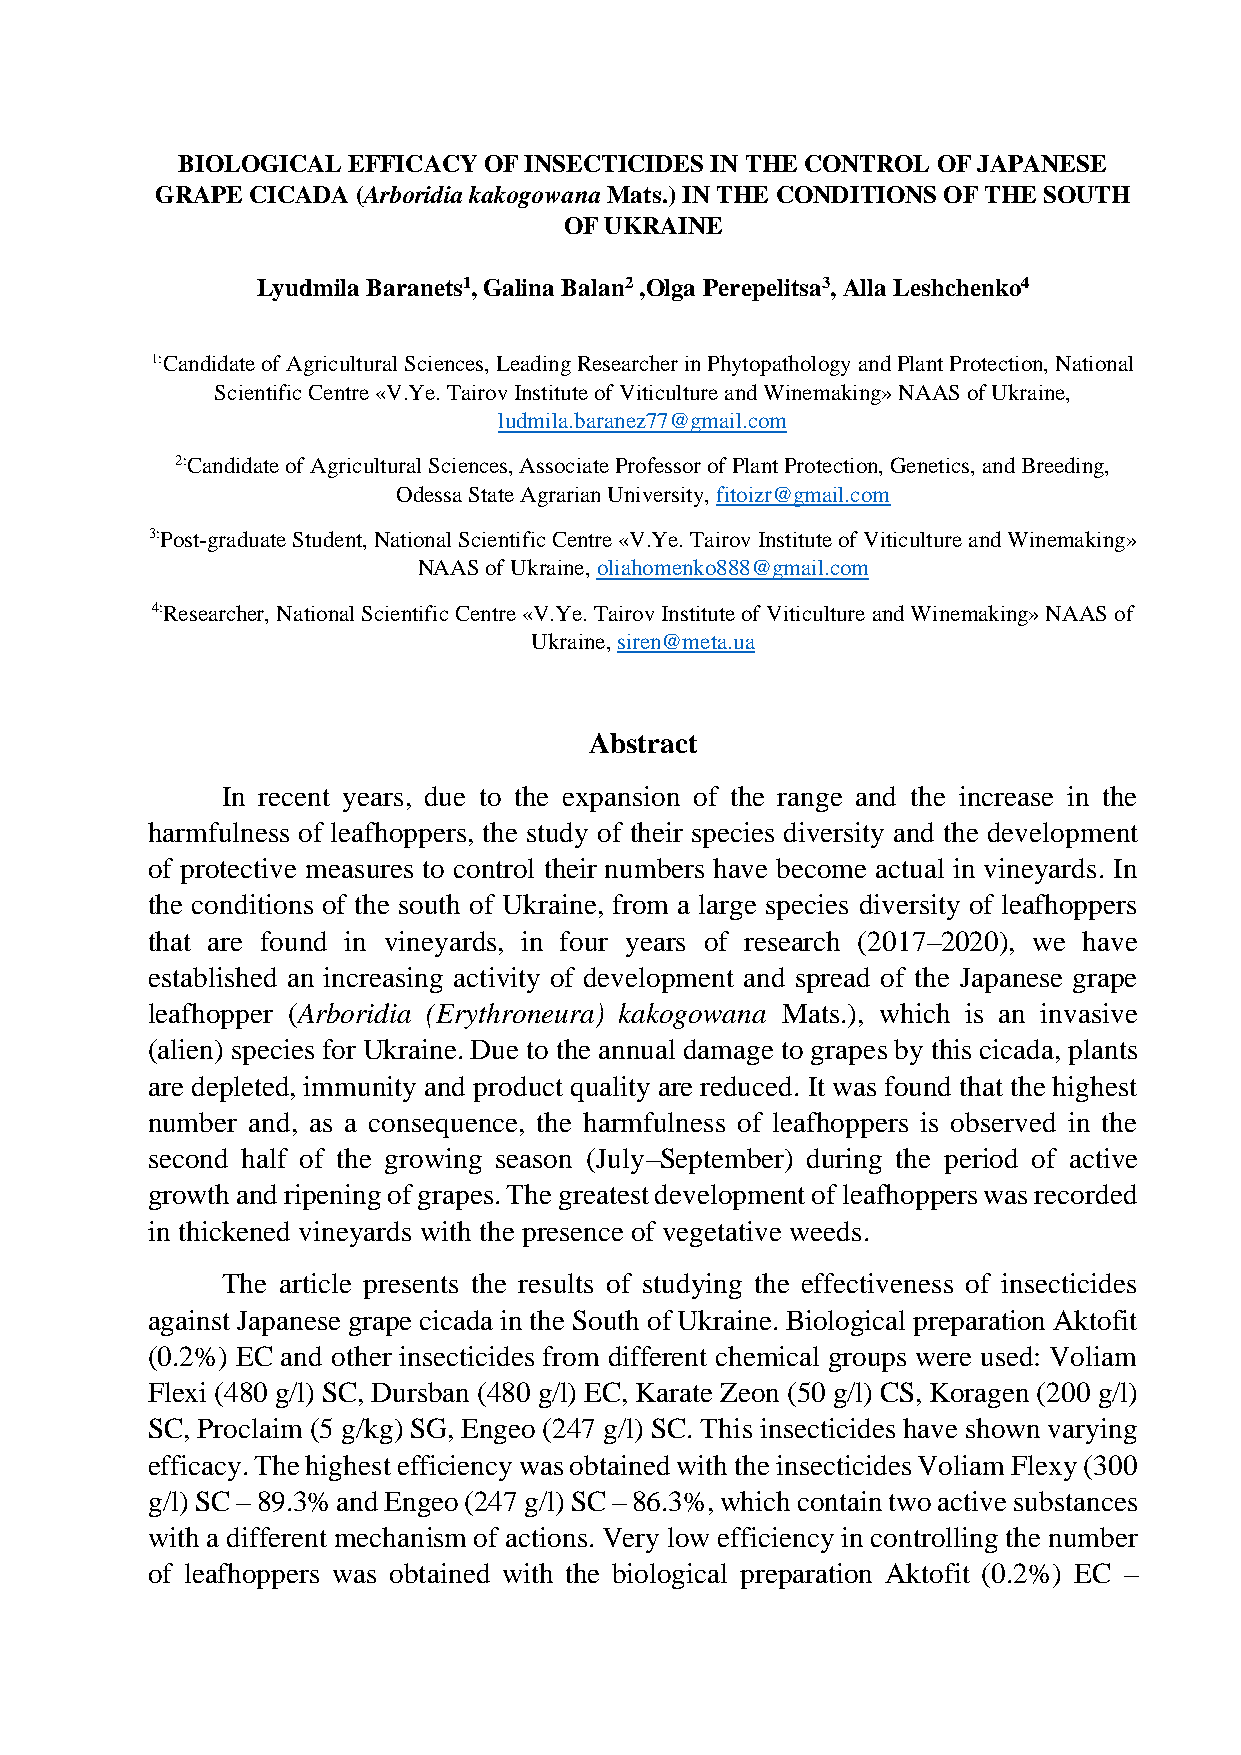
BIOLOGICAL EFFICACY OF INSECTICIDES IN THE CONTROL OF JAPANESE
 GRAPE CICADA  (Arboridia kakogowana Mats.) IN THE CONDITIONS OF THE SOUTH
 OF UKRAINE
 Lyudmila Baranets1, Galina Balan2 ,Olga Perepelitsa3, Alla Leshchenko4
 1:Candidate of Agricultural Sciences, Leading Researcher in Phytopathology and Plant Protection, National
 Scientific Centre «V.Ye. Tairov Institute of Viticulture and Winemaking» NAAS of Ukraine,
 ludmila.baranez77@gmail.com
 2:Candidate of Agricultural Sciences, Associate Professor of Plant Protection, Genetics, and Breeding,
 Odessa State Agrarian University, fitoizr@gmail.com
 3:Post-graduate Student, National Scientific Centre «V.Ye. Tairov Institute of Viticulture and Winemaking»
 NAAS of Ukraine, oliahomenko888@gmail.com
 4:Researcher, National Scientific Centre «V.Ye. Tairov Institute of Viticulture and Winemaking» NAAS of
 Ukraine, siren@meta.ua
 Abstract
 In recent years, due to the expansion of the range and the increase in the
 harmfulness of leafhoppers, the study of their species diversity and the development
 of protective measures to control their numbers have become actual in vineyards. In
 the conditions of the south of Ukraine, from a large species diversity of leafhoppers
 that are found in vineyards, in four years of research (2017–2020), we have
 established an increasing activity of development and spread of the Japanese grape
 leafhopper (Arboridia (Erythroneura) kakogowana Mats.), which is an invasive
 (alien) species for Ukraine. Due to the annual damage to grapes by this cicada, plants
 are depleted, immunity and product quality are reduced. It was found that the highest
 number and, as a consequence, the harmfulness of leafhoppers is observed in the
 second half of the growing season (July–September) during the period of active
 growth and ripening of grapes. The greatest development of leafhoppers was recorded
 in thickened vineyards with the presence of vegetative weeds.
 The article presents the results of studying the effectiveness of insecticides
 against Japanese grape cicada in the South of Ukraine. Biological preparation Aktofit
 (0.2%) EC and other insecticides from different chemical groups were used: Voliam
 Flexi (480 g/l) SC, Dursban (480 g/l) EC, Karate Zeon (50 g/l) CS, Koragen (200 g/l)
 SC, Proclaim (5 g/kg) SG, Engeo (247 g/l) SC. This insecticides have shown varying
 efficacy. The highest efficiency was obtained with the insecticides Voliam Flexy (300
 g/l) SC – 89.3% and Engeo (247 g/l) SC – 86.3%, which contain two active substances
 with a different mechanism of actions. Very low efficiency in controlling the number
 of leafhoppers was obtained with the biological preparation Aktofit (0.2%) EC –